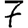
Digit: 7